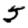
Digit: 5